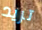
تريد